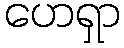
ဟေရှာ